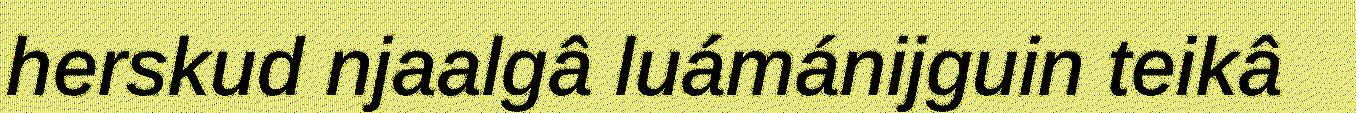
herskud njaalgâ luámánijguin teikâ